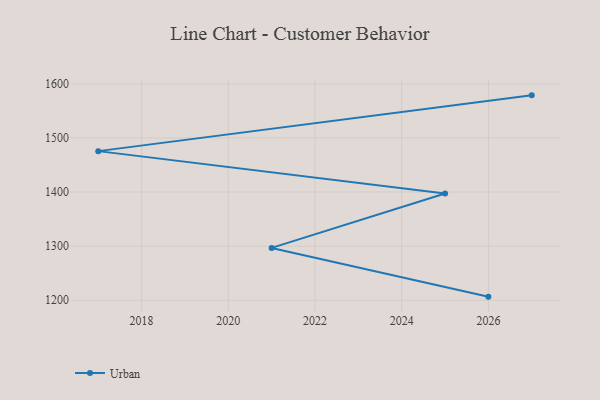
{"axis": {"x": "Year", "y": "Revenue (USD Million)"}, "legend": ["Urban"], "data": [{"x": "2027", "y": 1578.7, "type": "Urban"}, {"x": "2017", "y": 1475.6, "type": "Urban"}, {"x": "2025", "y": 1397.3, "type": "Urban"}, {"x": "2021", "y": 1296.7, "type": "Urban"}, {"x": "2026", "y": 1206.6, "type": "Urban"}]}